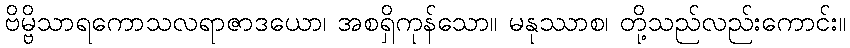
ဗိမ္ဗိသာရကောသလရာဇာဒယော၊ အစရှိကုန်သော။ မနုဿာစ၊ တို့သည်လည်းကောင်း။